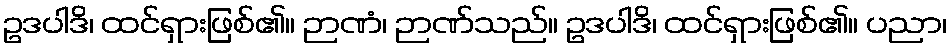
ဥဒပါဒိ၊ ထင်ရှားဖြစ်၏။ ဉာဏံ၊ ဉာဏ်သည်။ ဥဒပါဒိ၊ ထင်ရှားဖြစ်၏။ ပညာ၊